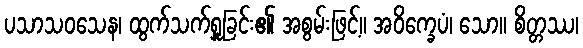
ပသာသဝသေန၊ ထွက်သက်ရှူခြင်း၏ အစွမ်းဖြင့်။ အဝိက္ခေပံ၊ သော။ စိတ္တဿ၊